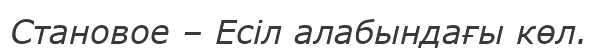
Становое – Есіл алабындағы көл.